Report on the working of the mental hospitals for Indians in Bihar and Orissa - 1925-1929
Year: 1925
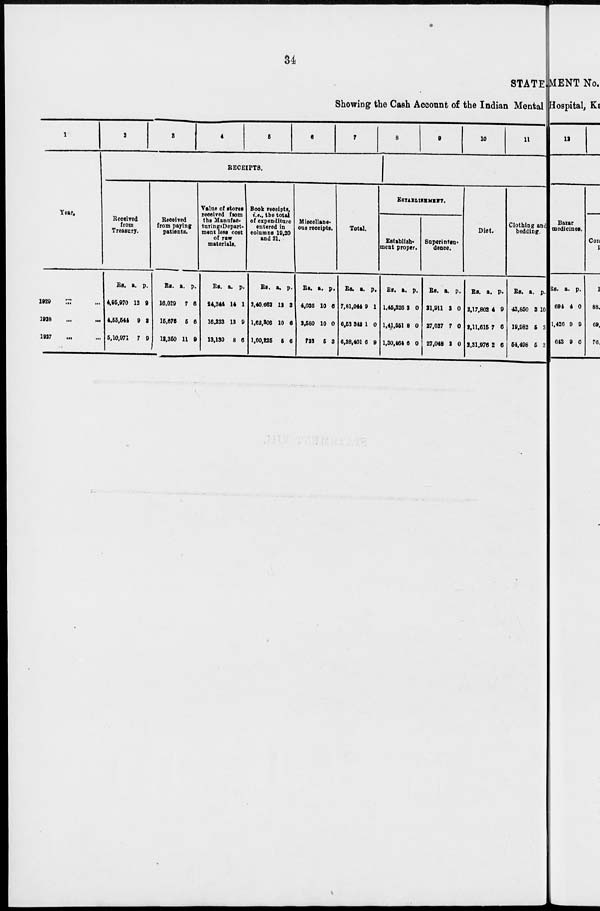
34
STATE
Showing the Cash Account of the Indian Mental
1
Year.
1929 ... ...
1928 ... ...
1927 ... ...
2
3
4
5
6
7
RECEIPTS.
Received
from
Treasury.
Rs.
4,95,970
4,55,544
5,10,971
a.
12
9
7
p.
9
3
9
Received
from paying
patients.
Rs.
16,029
15,676
13,350
a.
7
5
11
p.
6
6
9
Value of stores
received from
the Manufac-
turing Depart-
ment less cost
of raw
materials.
Rs.
24,344
16,233
13,130
a.
14
13
8
p.
1
9
6
Book receiptis,
i.e., the total
of expenditure
entered in
columns 19, 20
and 21.
Rs.
2,40,662
1,62,306
1,00,225
a.
12
10
5
p.
3
6
6
Miscellane-
ous receipts.
Rs.
4,036
2,580
723
a.
10
10
5
p.
6
0
3
Total.
Rs.
7,81,044
6,52,342
6,38,401
a.
9
1
6
p.
1
0
9
8
9
10
11
ESTABLISHMENT.
Establish-
ment proper.
Rs.
1,45,326
1,41,551
1,30,464
a.
3
8
6
p.
0
0
0
Superinten-
dence.
Rs.
21,911
27,027
27,048
a.
3
7
2
p.
0
0
0
Diet.
Rs.
2,17,802
2,11,615
2,31,976
a.
4
7
2
p.
9
6
6
Clothing and
bedding.
Rs.
43,850
19,982
54,498
a.
3
5
5
p.
10
3
3